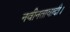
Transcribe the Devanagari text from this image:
नवीनतावादी।